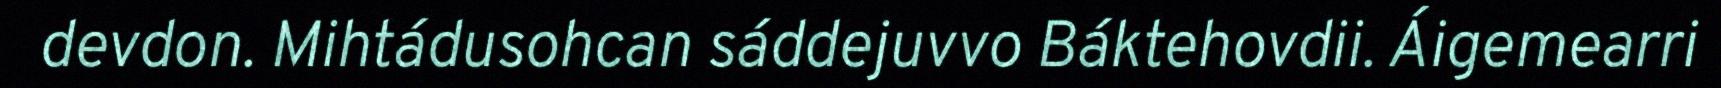
devdon. Mihtádusohcan sáddejuvvo Báktehovdii. Áigemearri